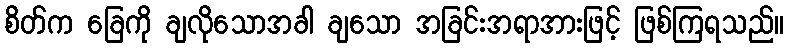
စိတ်က ခြေကို ချလိုသောအခါ ချသော အခြင်းအရာအားဖြင့် ဖြစ်ကြရသည်။